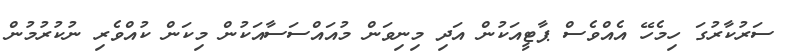
ސަރުކާރުގަ ހިމެހޭ އެއްވެސް ޕާޓީއަކުން އަދި މިނިވަން މުއައްސަސާއަކުން މިކަން ކުއްވެރި ނުކުރުމުން